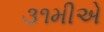
૩૧મીએ